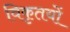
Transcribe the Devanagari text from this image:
विकृतयों